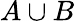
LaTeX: A\cup B